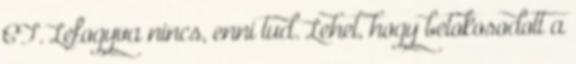
CT. Lefogyva nincs, enni tud. Lehet, hogy betokosodott a